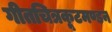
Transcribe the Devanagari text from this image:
गीतचित्रकूटमण्डन